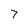
Character: 7